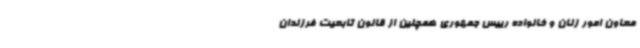
معاون امور زنان و خانواده رییس جمهوری همچنین از قانون تابعیت فرزندان